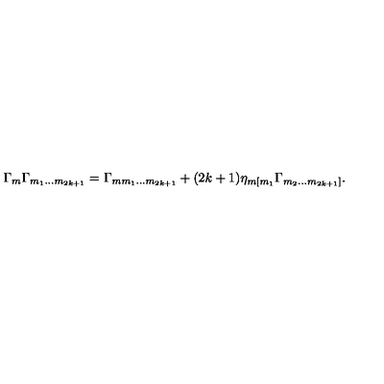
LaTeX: \Gamma _ { m } \Gamma _ { m _ { 1 } \ldots m _ { 2 k + 1 } } = \Gamma _ { m m _ { 1 } \ldots m _ { 2 k + 1 } } + ( 2 k + 1 ) \eta _ { m [ m _ { 1 } } \Gamma _ { m _ { 2 } \ldots m _ { 2 k + 1 } ] } .